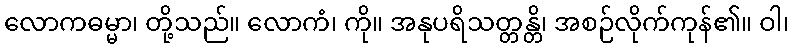
လောကဓမ္မာ၊ တို့သည်။ လောကံ၊ ကို။ အနုပရိသတ္တန္တိ၊ အစဉ်လိုက်ကုန်၏။ ဝါ၊